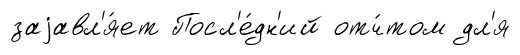
заjавл'я́ет Посл'е́дн'ий отч́том дл'я